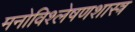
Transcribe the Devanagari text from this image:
मनोविश्लेषणशास्त्र